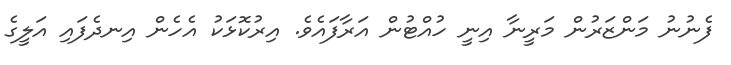
ފެނުނު މަންޒަރުން މަރީނާ އިނީ ހުއްޓުން އަރާފައެވެ. އިރުކޮޅަކު އެހެން އިނދެފައި އަލީގެ